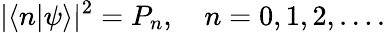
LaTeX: |\langle n|\psi\rangle|^{2}=P_{n},\quad n=0,1,2,\ldots.